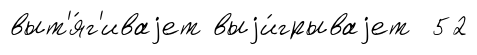
выт'я́г'иваjет выjи́грываjет 52